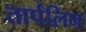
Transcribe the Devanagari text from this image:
तार्पलिन